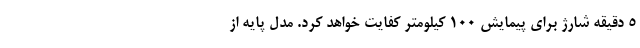
5 دقیقه شارژ برای پیمایش 100 کیلومتر کفایت خواهد کرد. مدل پایه از